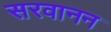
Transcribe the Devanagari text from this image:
सरवानन